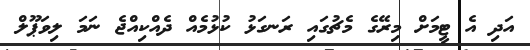
އަދި އެ ޓީމަށް މިރޭގެ މެޗުގައި ރަނގަޅު ކުޅުމެއް ދެއްކިއްޖެ ނަމަ ލިވަޕޫލް